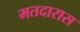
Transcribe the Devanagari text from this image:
मतदारास